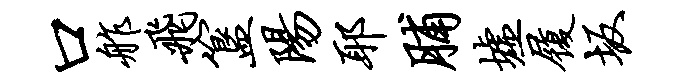
口舴飞簋阳耶脯墟履坂